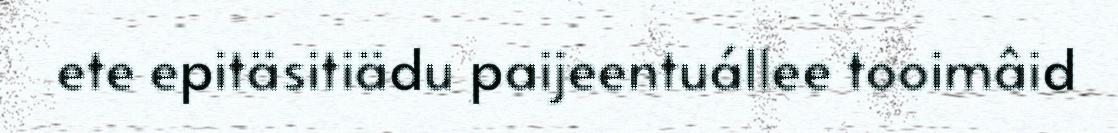
ete epitäsitiädu paijeentuállee tooimâid